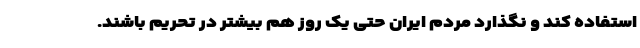
استفاده کند و نگذارد مردم ایران حتی یک روز هم بیشتر در تحریم باشند.